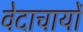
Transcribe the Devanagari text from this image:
वेदाचार्यों